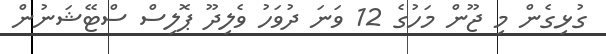
ގުޅިގެން މި ޖޫން މަހުގެ 12 ވަނަ ދުވަހު ވެލިދޫ ޕޮލިސް ސްޓޭޝަނުން